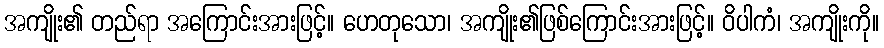
အကျိုး၏ တည်ရာ အကြောင်းအားဖြင့်။ ဟေတုသော၊ အကျိုး၏ဖြစ်ကြောင်းအားဖြင့်။ ဝိပါကံ၊ အကျိုးကို။